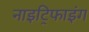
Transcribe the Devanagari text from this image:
नाइट्रिफाइंग